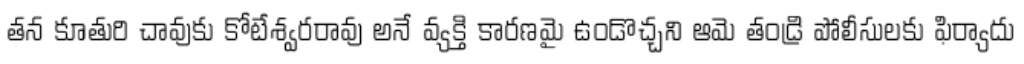
తన కూతురి చావుకు కోటేశ్వరరావు అనే వ్యక్తి కారణమై ఉండొచ్చని ఆమె తండ్రి పోలీసులకు ఫిర్యాదు